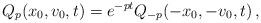
LaTeX: \begin{align*}Q_p(x_0,v_0,t)=e^{-pt}Q_{-p}(-x_0,-v_0,t)\,,\end{align*}